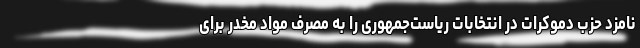
نامزد حزب دموکرات در انتخابات ریاست‌جمهوری را به مصرف مواد مخدر برای